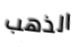
الذهب